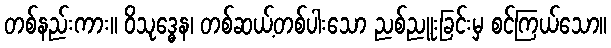
တစ်နည်းကား။ ဝိသုဒ္ဓေန၊ တစ်ဆယ့်တစ်ပါးသော ညစ်ညူးခြင်းမှ စင်ကြယ်သော။